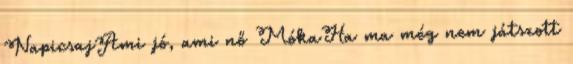
NapicsajAmi jó, ami nő MókaHa ma még nem játszott